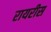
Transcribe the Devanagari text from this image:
रायरीस